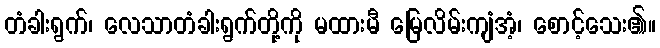
တံခါးရွက်၊ လေသာတံခါးရွက်တို့ကို မထားမီ မြေလိမ်းကျံအံ့၊ စောင့်သေး၏။